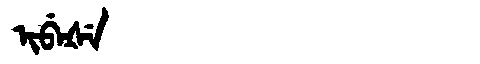
Manchu: ᡳᠪᡝᡧᡝ
Romanization: IBEŠE